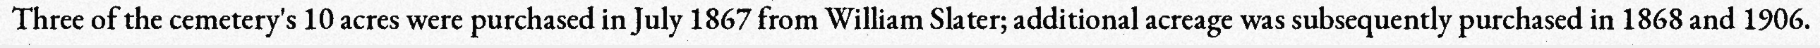
Three of the cemetery's 10 acres were purchased in July 1867 from William Slater; additional acreage was subsequently purchased in 1868 and 1906.